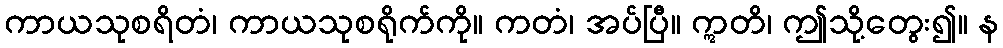
ကာယသုစရိတံ၊ ကာယသုစရိုက်ကို။ ကတံ၊ အပ်ပြီ။ ဣတိ၊ ဤသို့တွေး၍။ န